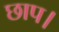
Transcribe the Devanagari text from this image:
छाप।